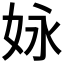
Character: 𡛻